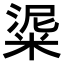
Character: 𥺜